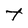
Character: t